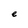
Character: e